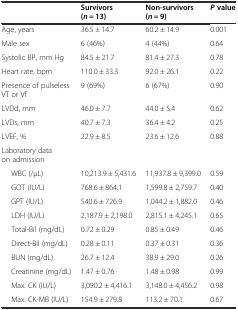
<table><thead><tr><td></td><td><b>Survivors (<i>n</i> = 13)</b></td><td><b>Non-survivors (<i>n</i> = 9)</b></td><td><b><i>P</i>value</b></td></tr></thead><tbody><tr><td>Age, years</td><td>36.5 ± 14.7</td><td>60.2 ± 14.9</td><td>0.001</td></tr><tr><td>Male sex</td><td>6 (46%)</td><td>4 (44%)</td><td>0.64</td></tr><tr><td>Systolic BP, mm Hg</td><td>84.5 ± 21.7</td><td>81.4 ± 27.3</td><td>0.78</td></tr><tr><td>Heart rate, bpm</td><td>110.0 ± 33.3</td><td>92.0 ± 26.1</td><td>0.22</td></tr><tr><td>Presence of pulseless VT or Vf</td><td>9 (69%)</td><td>6 (67%)</td><td>0.90</td></tr><tr><td>LVDd, mm</td><td>46.0 ± 7.7</td><td>44.0 ± 5.4</td><td>0.62</td></tr><tr><td>LVDs, mm</td><td>40.7 ± 7.3</td><td>36.4 ± 4.2</td><td>0.25</td></tr><tr><td>LVEF, %</td><td>22.9 ± 8.5</td><td>23.6 ± 12.6</td><td>0.88</td></tr><tr><td colspan="4">Laboratory data on admission</td></tr><tr><td>WBC (/μL)</td><td>10,213.9 ± 5,431.6</td><td>11,937.8 ± 9,399.0</td><td>0.59</td></tr><tr><td>GOT (IU/L)</td><td>768.6 ± 864.1</td><td>1,599.8 ± 2,759.7</td><td>0.40</td></tr><tr><td>GPT (IU/L)</td><td>540.6 ± 726.9</td><td>1,044.2 ± 1,882.0</td><td>0.46</td></tr><tr><td>LDH (IU/L)</td><td>2,187.9 ± 2,198.0</td><td>2,815.1 ± 4,245.1</td><td>0.65</td></tr><tr><td>Total-Bil (mg/dL)</td><td>0.72 ± 0.29</td><td>0.85 ± 0.49</td><td>0.46</td></tr><tr><td>Direct-Bil (mg/dL)</td><td>0.28 ± 0.11</td><td>0.37 ± 0.31</td><td>0.36</td></tr><tr><td>BUN (mg/dL)</td><td>26.7 ± 12.4</td><td>38.9 ± 29.0</td><td>0.26</td></tr><tr><td>Creatinine (mg/dL)</td><td>1.47 ± 0.76</td><td>1.48 ± 0.98</td><td>0.99</td></tr><tr><td>Max. CK (IU/L)</td><td>3,090.2 ± 4,416.1</td><td>3,148.0 ± 4,456.2</td><td>0.98</td></tr><tr><td>Max. CK-MB (IU/L)</td><td>154.9 ± 279.8</td><td>113.2 ± 70.1</td><td>0.67</td></tr></tbody></table>